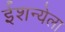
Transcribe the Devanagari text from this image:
ईशन्येला